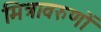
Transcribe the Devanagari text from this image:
मित्रावरुणों